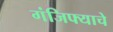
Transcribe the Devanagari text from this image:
गंजिफ्याचे